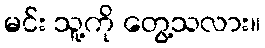
မင်း သူ့ကို တွေ့သလား။